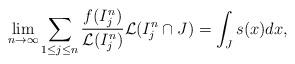
LaTeX: \begin{align*}\lim_{n\to\infty} \sum_{1\leq j\leq n} \frac{f(I_j^n)}{\mathcal L(I_j^n)}{\mathcal L(I_j^n\cap J)}=\int_Js(x)dx,\end{align*}